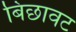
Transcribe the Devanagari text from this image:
बिछावट